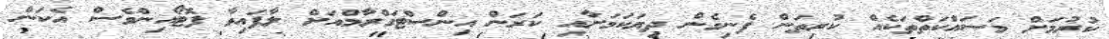
ކުރުމަށް މަސައްކަތްތަކެއް ކުރިތަން ފެނިގެން ދިޔަކަމަށާއި ކަރަން އިންސްޓަގްރާމްއަށް ލާފައިވާ ފޮޓޯއިންވެސް އެކަން